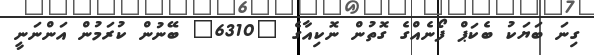
ގިނަ ބަޔަކު ބެކަޕް ފޯނެއްގެ ގޮތުން ނޮކިއާގެ "6310" ބޭނުން ކުރަމުން އަންނަނީ